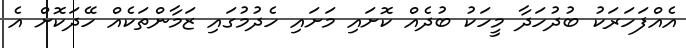
އެއްފަހަރަކު ބުދުހަދާ މީހަކު ބުދެއް ކޮށައި މަށައި ހެދުމުގައި ޒަމާންތަކެއް ހޭދަކޮށް އެ